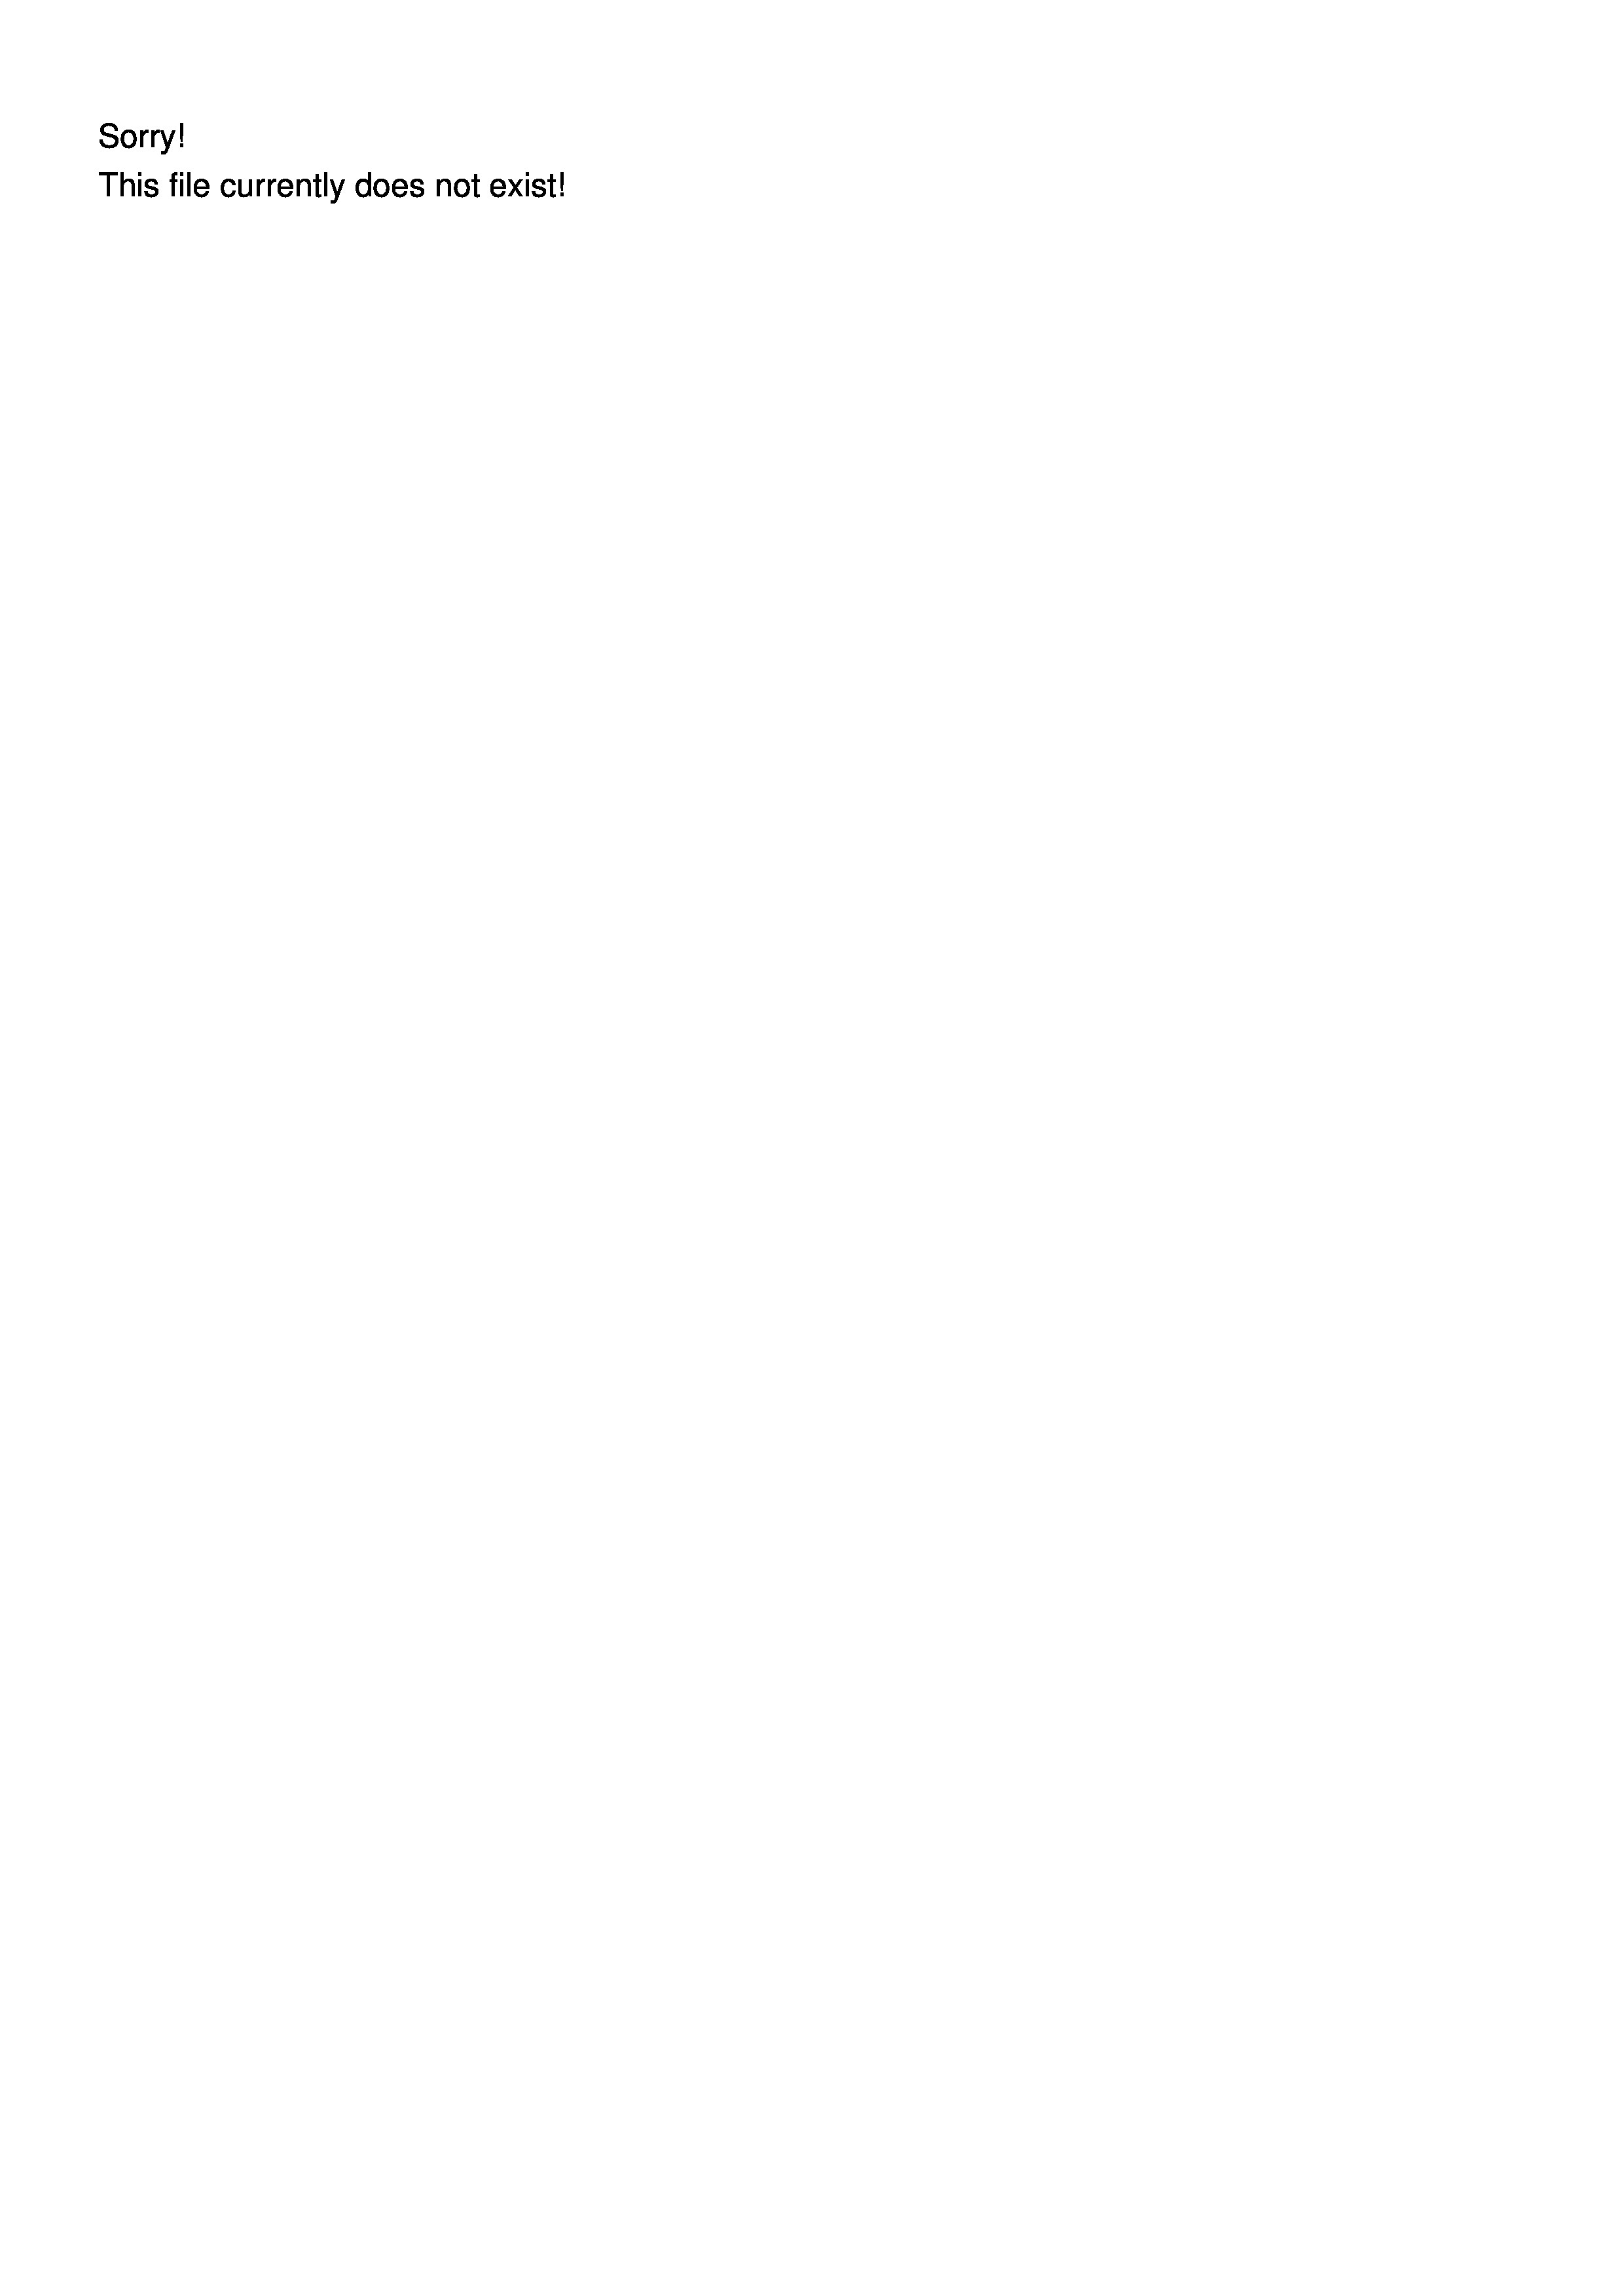
1
2
his file currently does not exist!